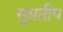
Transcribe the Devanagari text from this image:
सुप्रतीप